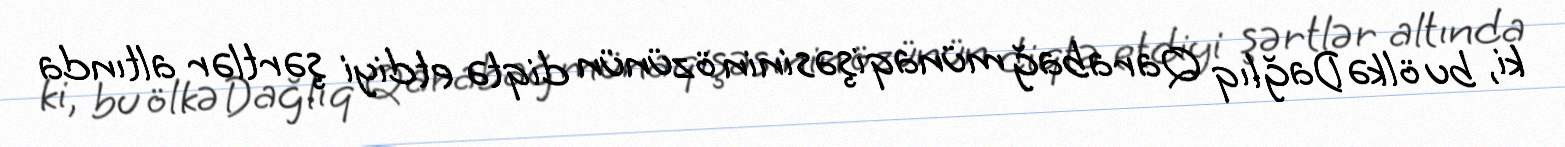
ki, bu ölkə Dağlıq Qarabağ münaqişəsinin özünün diqtə etdiyi şərtlər altında